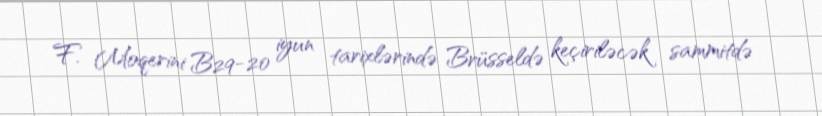
F. Moqerini B29-20 iyun tarixlərində Brüsseldə keçiriləcək sammitdə